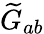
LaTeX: {\widetilde{G}}_{ab}